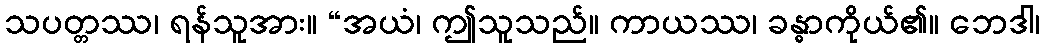
သပတ္တဿ၊ ရန်သူအား။ “အယံ၊ ဤသူသည်။ ကာယဿ၊ ခန္ဓာကိုယ်၏။ ဘေဒါ၊